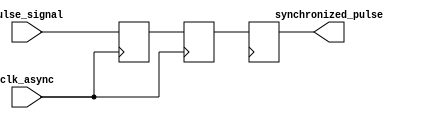
module pulse_synchronizer(
    input wire clk_async,
    input wire pulse_signal,
    output reg synchronized_pulse
);

reg flop1;
reg flop2;

always @(posedge clk_async) begin
    flop1 <= pulse_signal;
    flop2 <= flop1;
end

always @(posedge clk) begin
    synchronized_pulse <= flop2;
end

endmodule